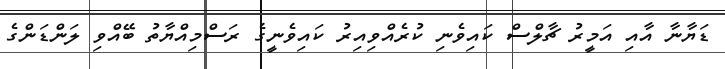
ޑަޔާނާ އާއި އަމީރު ޗާލްސް ކައިވެނި ކުރެއްވިއިރު ކައިވެނީގެ ރަސްމިއްޔާތު ބޭއްވި ލަންޑަންގެ